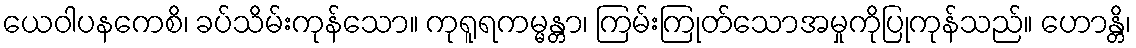
ယေဝါပနကေစိ၊ ခပ်သိမ်းကုန်သော။ ကုရူရကမ္မန္တာ၊ ကြမ်းကြုတ်သောအမှုကိုပြုကုန်သည်။ ဟောန္တိ၊